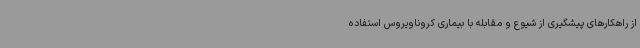
از راهکارهای پیشگیری از شیوع و مقابله با بیماری کروناویروس استفاده